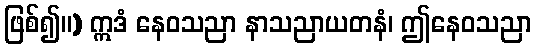
ဖြစ်၍။) ဣဒံ နေဝသညာ နာသညာယတနံ၊ ဤနေဝသညာ